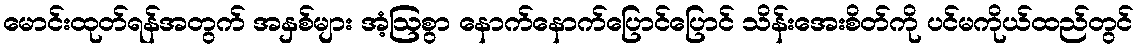
မောင်းထုတ်ရန်အတွက် အနှစ်များ အံ့ဩစွာ နောက်နောက်ပြောင်ပြောင် သိန်းအေးစိတ်ကို ပင်မကိုယ်ထည်တွင်